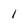
Character: 1